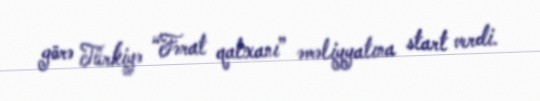
görə Türkiyə “Fərat qalxanı” əməliyyatına start verdi.